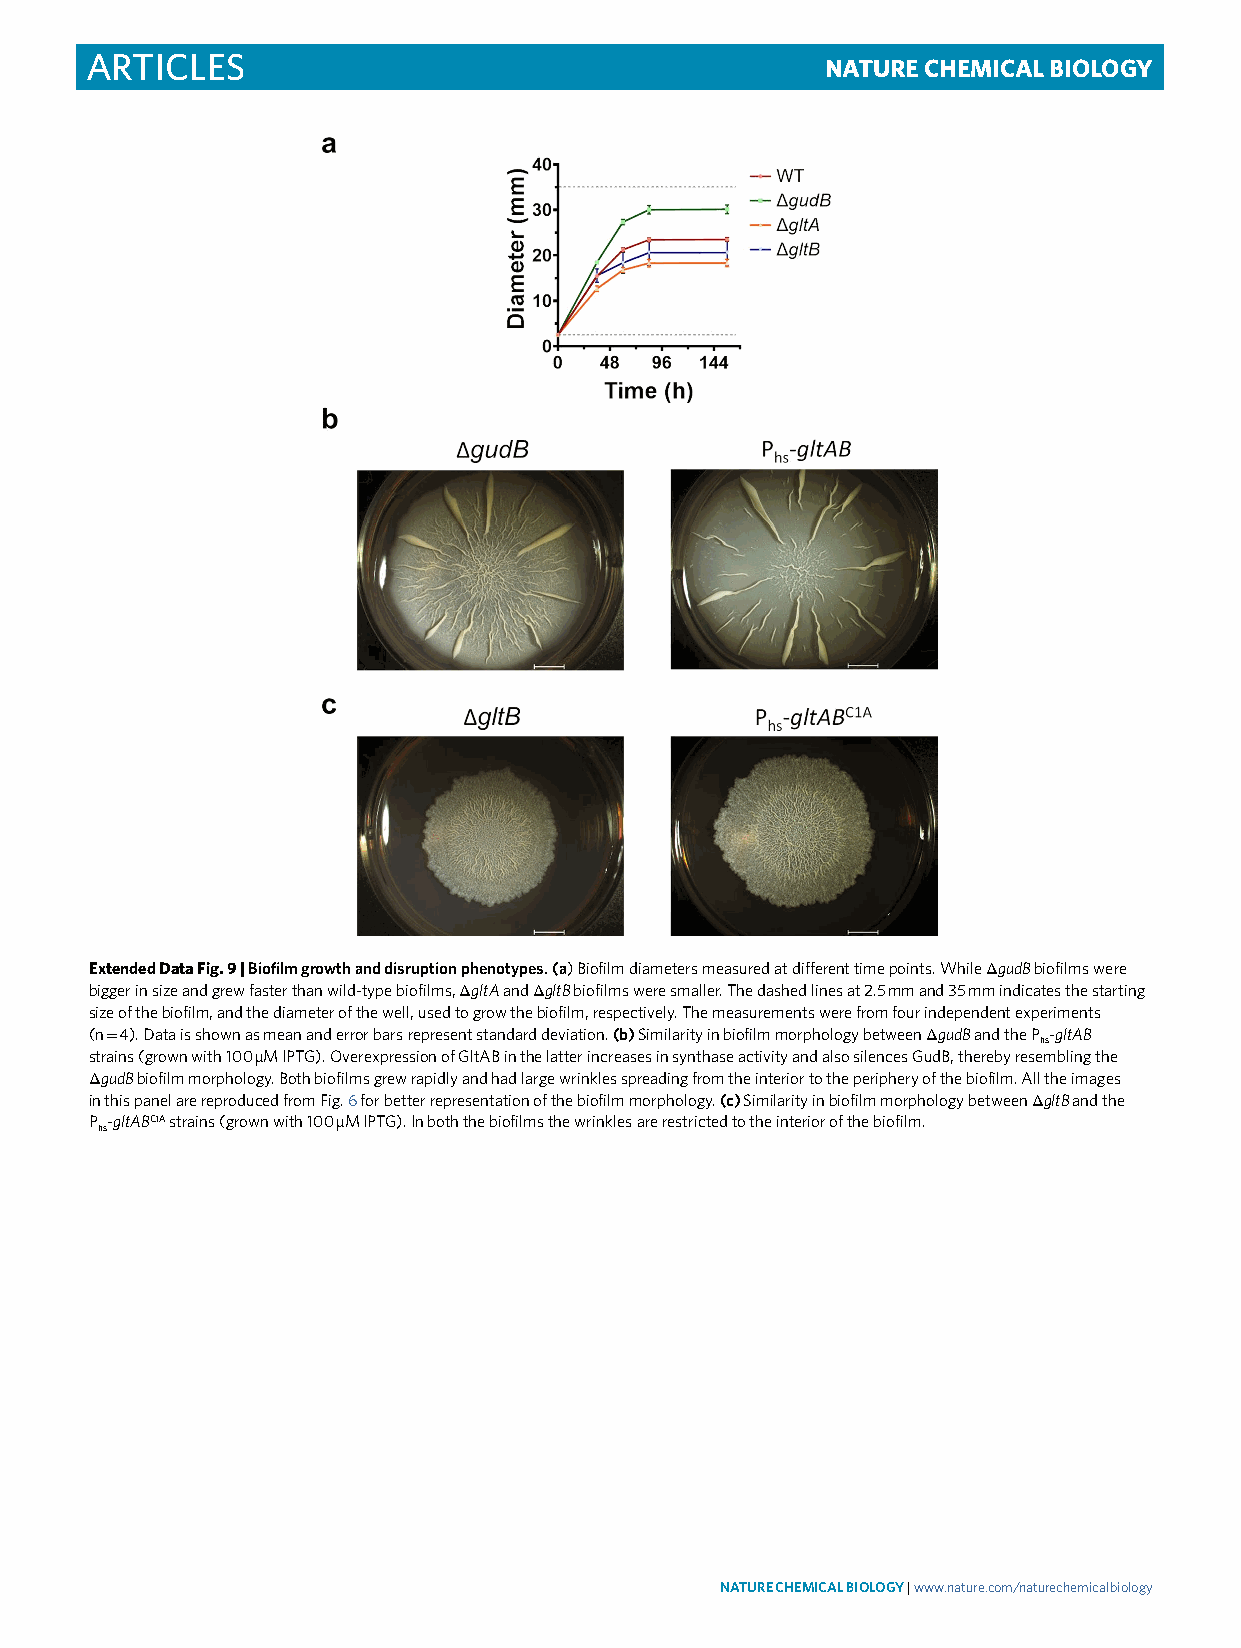
Articles                                         Nature ChemiCal Biology
 Extended Data Fig. 9 | Biofilm growth and disruption phenotypes. (a) Biofilm diameters measured at different time points. While ΔgudB biofilms were
 bigger in size and grew faster than wild-type biofilms, ΔgltA and ΔgltB biofilms were smaller. The dashed lines at 2.5 mm and 35 mm indicates the starting
 size of the biofilm, and the diameter of the well, used to grow the biofilm, respectively. The measurements were from four independent experiments
 (n = 4). Data is shown as mean and error bars represent standard deviation. (b) Similarity in biofilm morphology between ΔgudB and the P hs-gltAB
 strains (grown with 100 µM IPTG). Overexpression of GltAB in the latter increases in synthase activity and also silences GudB, thereby resembling the
 ΔgudB biofilm morphology. Both biofilms grew rapidly and had large wrinkles spreading from the interior to the periphery of the biofilm. All the images
 in this panel are reproduced from Fig. 6 for better representation of the biofilm morphology. (c) Similarity in biofilm morphology between ΔgltB and the
 P hs-gltABC1A strains (grown with 100 µM IPTG). In both the biofilms the wrinkles are restricted to the interior of the biofilm.
 NATurE ChEMiCAL BioLogy | www.nature.com/naturechemicalbiology